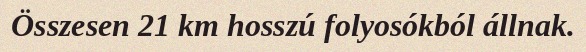
Összesen 21 km hosszú folyosókból állnak.